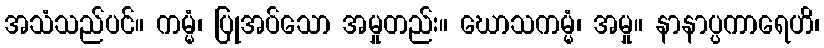
အသံသည်ပင်။ ကမ္မံ၊ ပြုအပ်သော အမှုတည်း။ ဃောသကမ္မံ၊ အမှု။ နာနာပ္ပကာရေဟိ၊